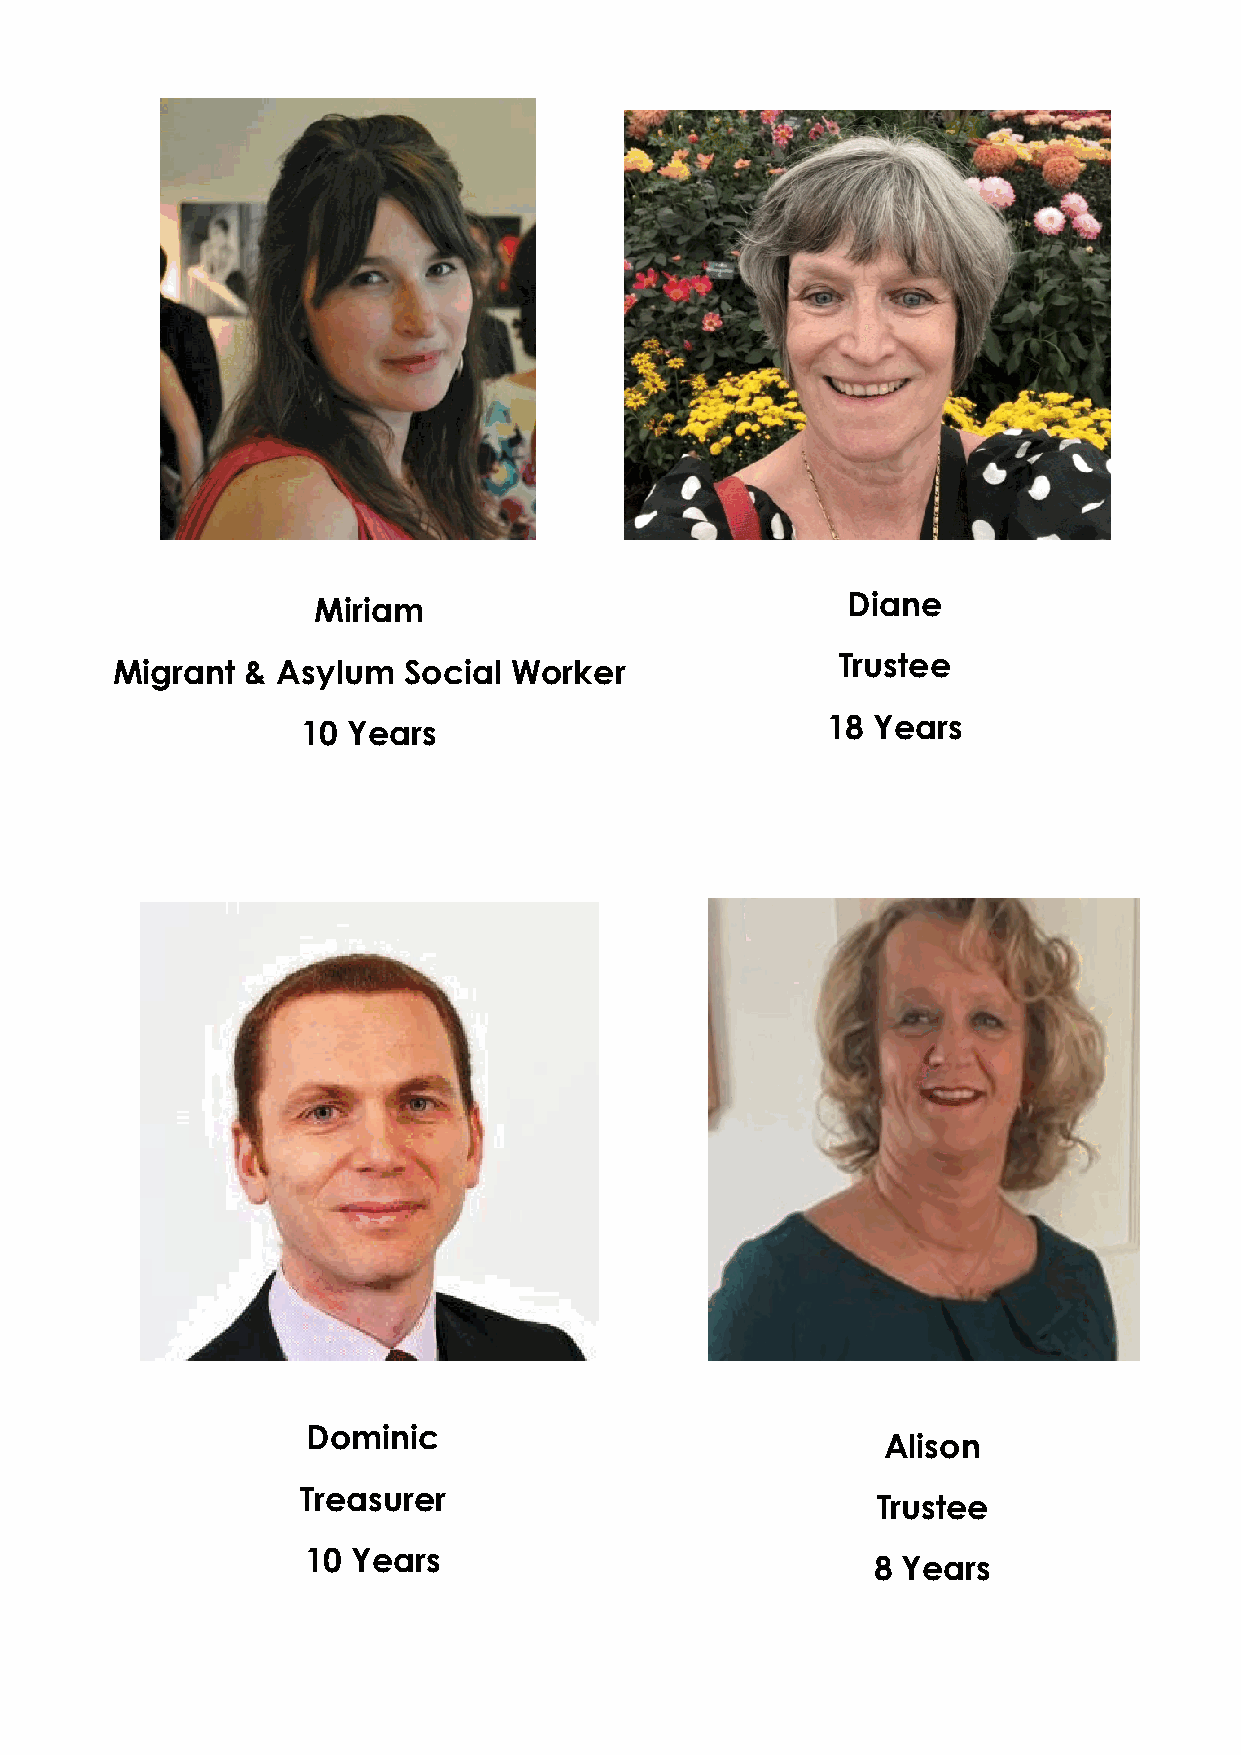
Miriam                             Diane
 Migrant  & Asylum   Social Worker                Trustee
 10 Years                           18 Years
 Dominic
 Alison
 Treasurer
 Trustee
 10 Years
 8 Years